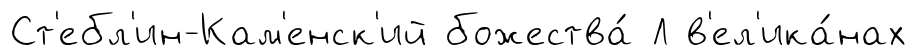
Ст'ебл'ин-Кам'енск'ий божества́ Л в'ел'ика́нах